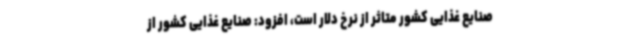
صنایع غذایی کشور متاثر از نرخ دلار است، افزود: صنایع غذایی کشور از